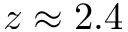
z \approx 2 . 4